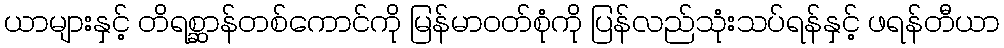
ယာများနှင့် တိရစ္ဆာန်တစ်ကောင်ကို မြန်မာဝတ်စုံကို ပြန်လည်သုံးသပ်ရန်နှင့် ဖရန်တီယာ